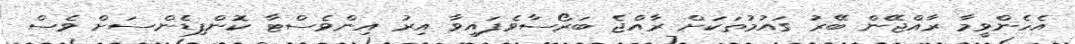
އެހެންވީމާ ރާއްޖޭން ބޭރު ގައުމުތަކަށް ރާއްޖެ ބަރޯސާވެފައިވާ އިރު އިންވެސްޓާ ކޮންފިޑެންސަށް ވެސް